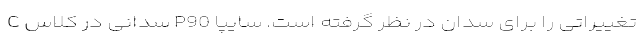
تغییراتی را برای سدان در نظر گرفته است. سایپا P90 سدانی در کلاس C